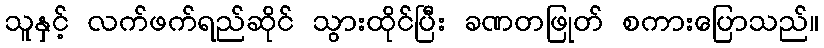
သူနှင့် လက်ဖက်ရည်ဆိုင် သွားထိုင်ပြီး ခဏတဖြုတ် စကားပြောသည်။